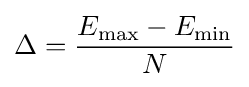
\Delta ={\frac {E_{\max }-E_{\min }}{N}}